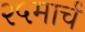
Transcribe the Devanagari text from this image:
२५मार्च